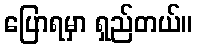
ပြောရမှာ ရှည်တယ်။